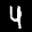
Label: 4